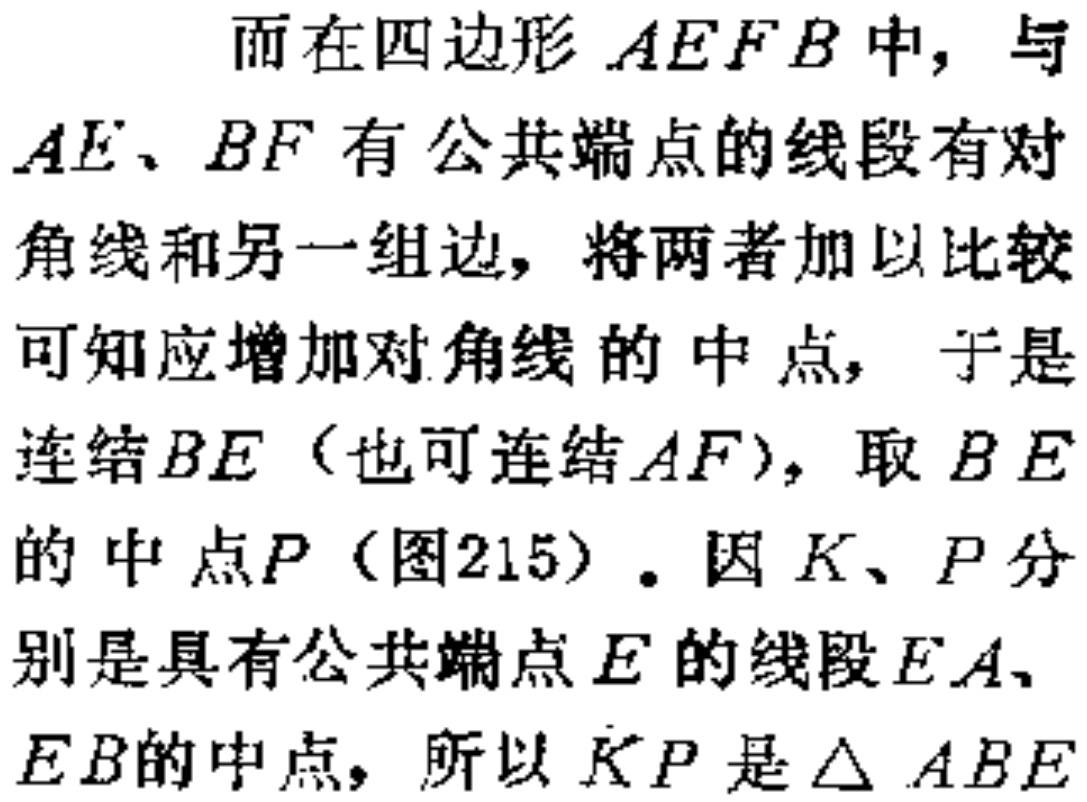
而在四边形\(AEFB\)中，与\(AE\)、\(BF\)有公共端点的线段有对角线和另一组边，将两者加以比较可知应增加对角线的中点，于是连结\(BE\)（也可连结\(AF\)），取\(BE\)的中点\(P\)（图215）. 因\(K\)、\(P\)分别是具有公共端点\(E\)的线段\(EA\)、\(EB\)的中点，所以\(KP\)是\(\triangle ABE\)